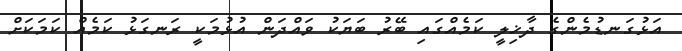
އަޅުގަނޑުމެންގެ ދާޚިލީ ކަމެއްގައި ބޭރު ބަޔަކު ވައްދަން އުޅުމަކީ ރަނގަޅު ކަމެއް ކަމަކަށް